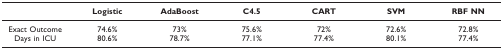
<table><thead><tr><td></td><td><b>Logistic</b></td><td><b>AdaBoost</b></td><td><b>C4.5</b></td><td><b>CART</b></td><td><b>SVM</b></td><td><b>RBF NN</b></td></tr></thead><tbody><tr><td>Exact Outcome</td><td>74.6%</td><td>73%</td><td>75.6%</td><td>72%</td><td>72.6%</td><td>72.8%</td></tr><tr><td>Days in ICU</td><td>80.6%</td><td>78.7%</td><td>77.1%</td><td>77.4%</td><td>80.1%</td><td>77.4%</td></tr></tbody></table>